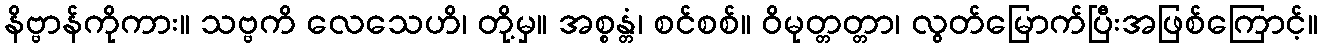
နိဗ္ဗာန်ကိုကား။ သဗ္ဗကိ လေသေဟိ၊ တို့မှ။ အစ္စန္တံ၊ စင်စစ်။ ဝိမုတ္တတ္တာ၊ လွတ်မြောက်ပြီးအဖြစ်ကြောင့်။